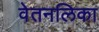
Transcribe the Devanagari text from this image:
वेतनलिका